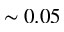
\sim 0 . 0 5